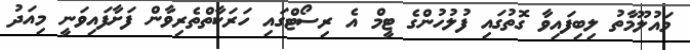
މައުލޫމާތު ލިބިފައިވާ ގޮތުގައި ފުލުހުންގެ ޓީމް އެ ރިސޯޓްގައި ހަރަކާތްތެރިވާން ފަށާފައިވަނީ މިއަދު